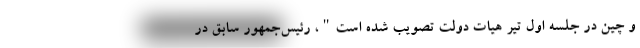
و چین در جلسه اول تیر هیات دولت تصویب شده است"، رئیس‌جمهور سابق در